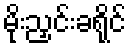
မိုးညှင်းခရိုင်